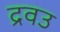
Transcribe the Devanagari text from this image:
द्रवउ